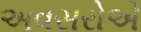
અવસરોએ